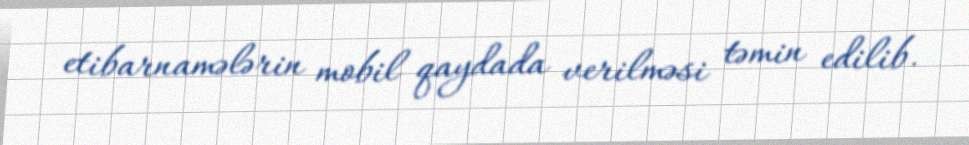
etibarnamələrin mobil qaydada verilməsi təmin edilib.